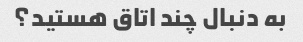
به دنبال چند اتاق هستید؟